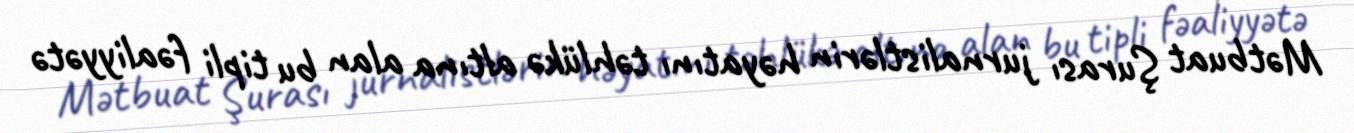
Mətbuat Şurası jurnalistlərin həyatını təhlükə altına alan bu tipli fəaliyyətə